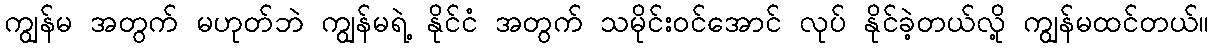
ကျွန်မ အတွက် မဟုတ်ဘဲ ကျွန်မရဲ့ နိုင်ငံ အတွက် သမိုင်းဝင်အောင် လုပ် နိုင်ခဲ့တယ်လို့ ကျွန်မထင်တယ်။